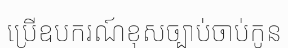
ប្រើឧបករណ៍ខុសច្បាប់ចាប់កូន